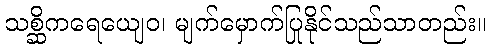
သစ္ဆိကရေယျေဝ၊ မျက်မှောက်ပြုနိုင်သည်သာတည်း။